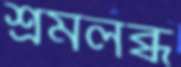
শ্রমলব্ধ